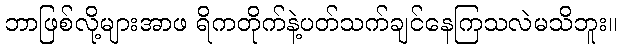
ဘာဖြစ်လို့များအာဖ ရိကတိုက်နဲ့ပတ်သက်ချင်နေကြသလဲမသိဘူး။